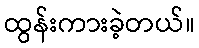
ထွန်းကားခဲ့တယ်။